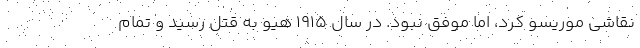
نقاشی موریسو کرد، اما موفق نبود. در سال ۱۹۱۵ هیو به قتل رسید و تمام